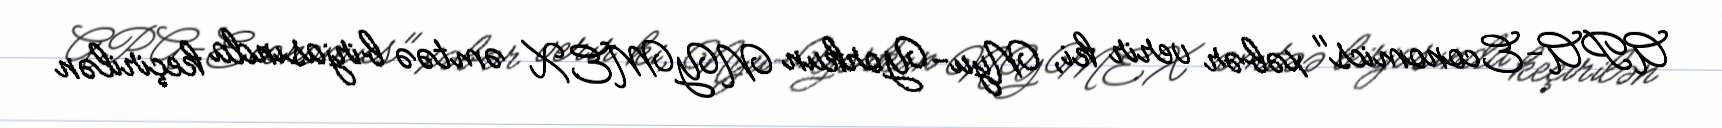
APA-Economics" xəbər verir ki, Nyu-Yorkun NYMEX əmtəə birjasında keçirilən